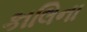
કાલિના